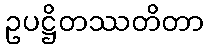
ဥပဋ္ဌိတဿတိတာ